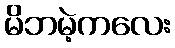
မိဘမဲ့ကလေး